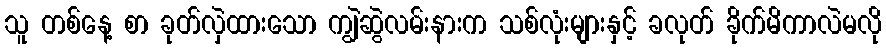
သူ တစ်နေ့ စာ ခုတ်လှဲထားသော ကျွဲဆွဲလမ်းနားက သစ်လုံးများနှင့် ခလုတ် ခိုက်မိကာလဲမလို